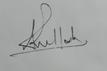
Signature authenticity: genuine